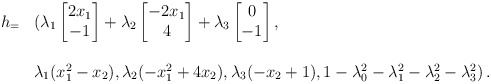
\begin{align*}\begin{array}{rl}h_=&(\lambda_1\begin{bmatrix}2x_1\\-1\end{bmatrix}+\lambda_2\begin{bmatrix}-2x_1\\4\end{bmatrix}+\lambda_3\begin{bmatrix}0\\-1\end{bmatrix},\\\\&\lambda_1(x_1^2-x_2),\lambda_2 (-x_1^2+4x_2),\lambda_3(-x_2+1),1-\lambda_0^2-\lambda_1^2-\lambda_2^2-\lambda_3^2)\,.\end{array}\end{align*}